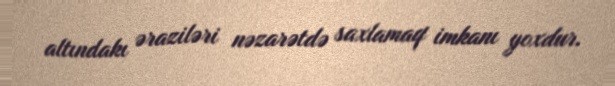
altındakı əraziləri nəzarətdə saxlamaq imkanı yoxdur.